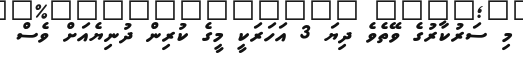
މި ސަރުކާރުގެ ވޭތެވެ ދިޔަ 3 އަހަރަކީ މީގެ ކުރިން ދުނިޔެއަށް ވެސް